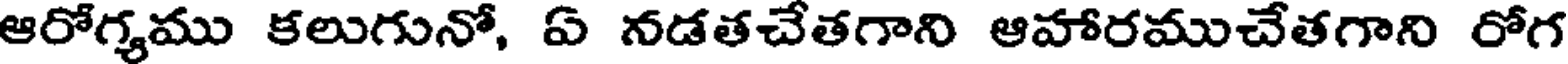
ఆరోగ్యము కలుగునో, ఏ నడతచేతగాని ఆహారముచేతగాని రోగ